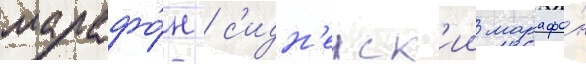
марафо́н / с'идн'еиск'ии марафо́н